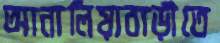
আনালিয়াবাড়ীতে